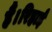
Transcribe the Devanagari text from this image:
हैं।रिहाई